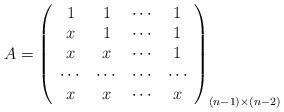
LaTeX: \begin{align*}A = \left(\begin{array}{cccc} 1 & 1 & \cdots & 1 \\ x & 1 & \cdots & 1 \\ x & x & \cdots & 1 \\ \cdots & \cdots & \cdots & \cdots \\ x & x & \cdots & x \\\end{array}\right)_{(n-1)\times(n-2)}\end{align*}